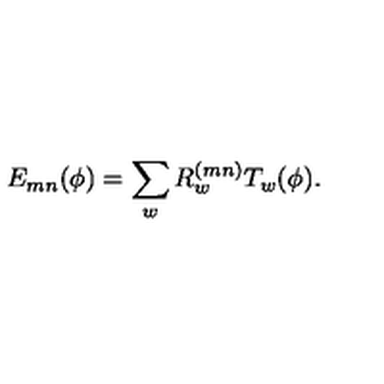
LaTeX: E _ { m n } ( \phi ) = \sum _ { w } R _ { w } ^ { ( m n ) } T _ { w } ( \phi ) .